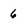
Character: 6